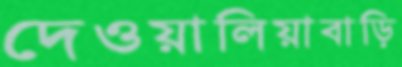
দেওয়ালিয়াবাড়ি